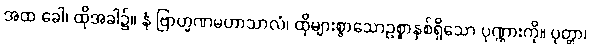
အထ ခေါ၊ ထိုအခါ၌။ နံ ဗြာဟ္မဏမဟာသာလံ၊ ထိုများစွာသောဥစ္စာနှစ်ရှိသော ပုဏ္ဏားကို။ ပုတ္တာ၊